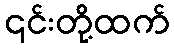
၎င်းတို့ထက်